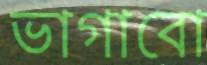
ভাগাবো